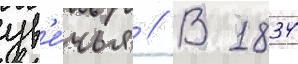
ув'е́чья // В 1834